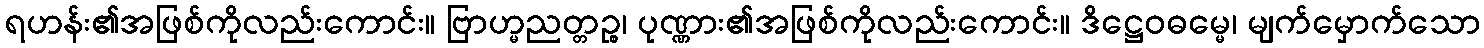
ရဟန်း၏အဖြစ်ကိုလည်းကောင်း။ ဗြာဟ္မညတ္တဉ္စ၊ ပုဏ္ဏား၏အဖြစ်ကိုလည်းကောင်း။ ဒိဋ္ဌေဝဓမ္မေ၊ မျက်မှောက်သော